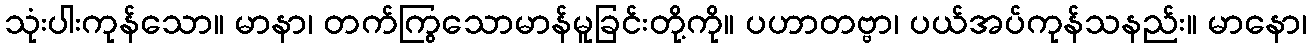
သုံးပါးကုန်သော။ မာနာ၊ တက်ကြွသောမာန်မူခြင်းတို့ကို။ ပဟာတဗ္ဗာ၊ ပယ်အပ်ကုန်သနည်း။ မာနော၊